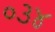
૦૩૪